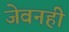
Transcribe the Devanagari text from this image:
जेवनही